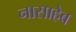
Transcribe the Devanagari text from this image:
नासाहेब